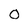
Character: 0